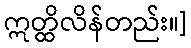
ဣတ္ထိလိန်တည်း။]